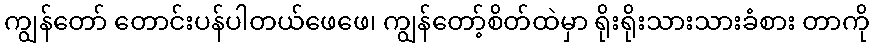
ကျွန်တော် တောင်းပန်ပါတယ်ဖေဖေ၊ ကျွန်တော့်စိတ်ထဲမှာ ရိုးရိုးသားသားခံစား တာကို